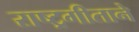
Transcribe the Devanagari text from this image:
राष्ट्रगीताने